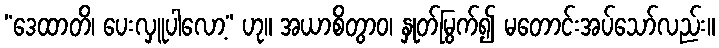
“ဒေထာတိ၊ ပေးလှူပါလော့” ဟု။ အယာစိတွာဝ၊ နှုတ်မြွက်၍ မတောင်းအပ်သော်လည်း။